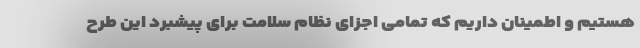
هستیم و اطمینان داریم که تمامی اجزای نظام سلامت برای پیشبرد این طرح